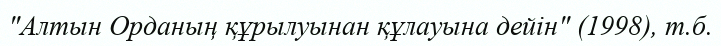
"Алтын Орданың құрылуынан құлауына дейін" (1998), т.б.